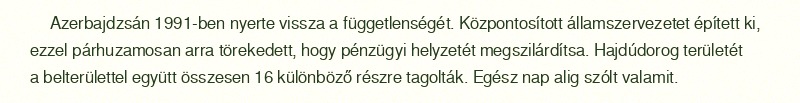
Azerbajdzsán 1991-ben nyerte vissza a függetlenségét. Központosított államszervezetet épített ki, ezzel párhuzamosan arra törekedett, hogy pénzügyi helyzetét megszilárdítsa. Hajdúdorog területét a belterülettel együtt összesen 16 különböző részre tagolták. Egész nap alig szólt valamit.